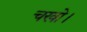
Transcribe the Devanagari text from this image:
चखो।